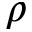
\rho